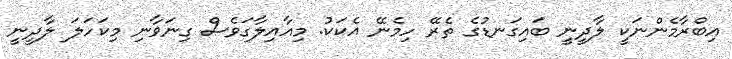
އިބްރާމެންނަކީ ލާދީނީ ބައިގަނޑުގެ ތެރޭ ހިމެނޭ އެކަކު. މިއާއިލާގަވެސް ގިނަވާނި މިކަހަލަ ލާދީނީ